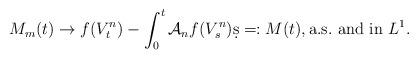
LaTeX: \begin{align*}M_m(t) \to f(V_t^n) - \int_0^t \mathcal{A}_n f(V_s^n) \d s =: M(t), \textrm{a.s.~and in } L^1.\end{align*}